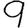
Digit: 9